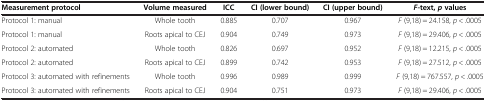
<table><thead><tr><td><b>Measurement protocol</b></td><td><b>Volume measured</b></td><td><b>ICC</b></td><td><b>CI (lower bound)</b></td><td><b>CI (upper bound)</b></td><td><b><i>F</i>-text,<i>p</i>values</b></td></tr></thead><tbody><tr><td>Protocol 1: manual</td><td>Whole tooth</td><td>0.885</td><td>0.707</td><td>0.967</td><td><i>F</i> (9,18) = 24.158, <i>p</i> &lt; .0005</td></tr><tr><td>Protocol 1: manual</td><td>Roots apical to CEJ</td><td>0.904</td><td>0.749</td><td>0.973</td><td><i>F</i> (9,18) = 29.406, <i>p</i> &lt; .0005</td></tr><tr><td>Protocol 2: automated</td><td>Whole tooth</td><td>0.826</td><td>0.697</td><td>0.952</td><td><i>F</i> (9,18) = 12.215, <i>p</i> &lt; .0005</td></tr><tr><td>Protocol 2: automated</td><td>Roots apical to CEJ</td><td>0.899</td><td>0.742</td><td>0.953</td><td><i>F</i> (9,18) = 27.512, <i>p</i> &lt; .0005</td></tr><tr><td>Protocol 3: automated with refinements</td><td>Whole tooth</td><td>0.996</td><td>0.989</td><td>0.999</td><td><i>F</i> (9,18) = 767.557, <i>p</i> &lt; .0005</td></tr><tr><td>Protocol 3: automated with refinements</td><td>Roots apical to CEJ</td><td>0.904</td><td>0.751</td><td>0.973</td><td><i>F</i> (9,18) = 29.406, <i>p</i> &lt; .0005</td></tr></tbody></table>